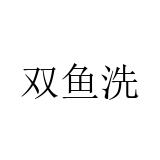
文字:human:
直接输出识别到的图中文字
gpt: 双鱼洗